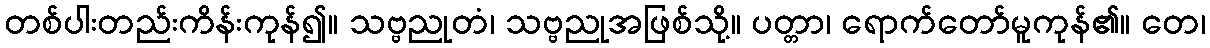
တစ်ပါးတည်းကိန်းကုန်၍။ သဗ္ဗညုတံ၊ သဗ္ဗညုအဖြစ်သို့။ ပတ္တာ၊ ရောက်တော်မူကုန်၏။ တေ၊